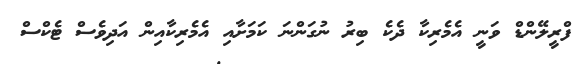
ފްރީލޭންޑް ވަނީ އެމެރިކާ ދެކެ ބިރު ނުގަންނަ ކަމަށާއި އެމެރިކާއިން އަދިވެސް ޓެކްސް